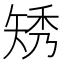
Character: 𥏗